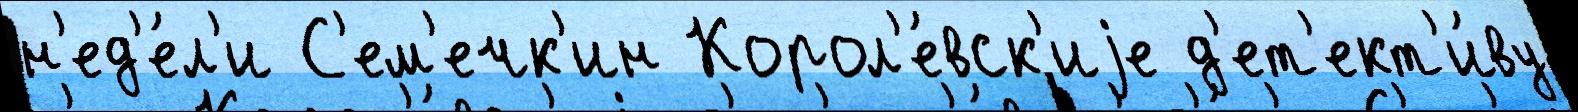
н'ед'е́л'и С'ем'ечк'ин Корол'е́вск'иjе д'ет'ект'и́ву